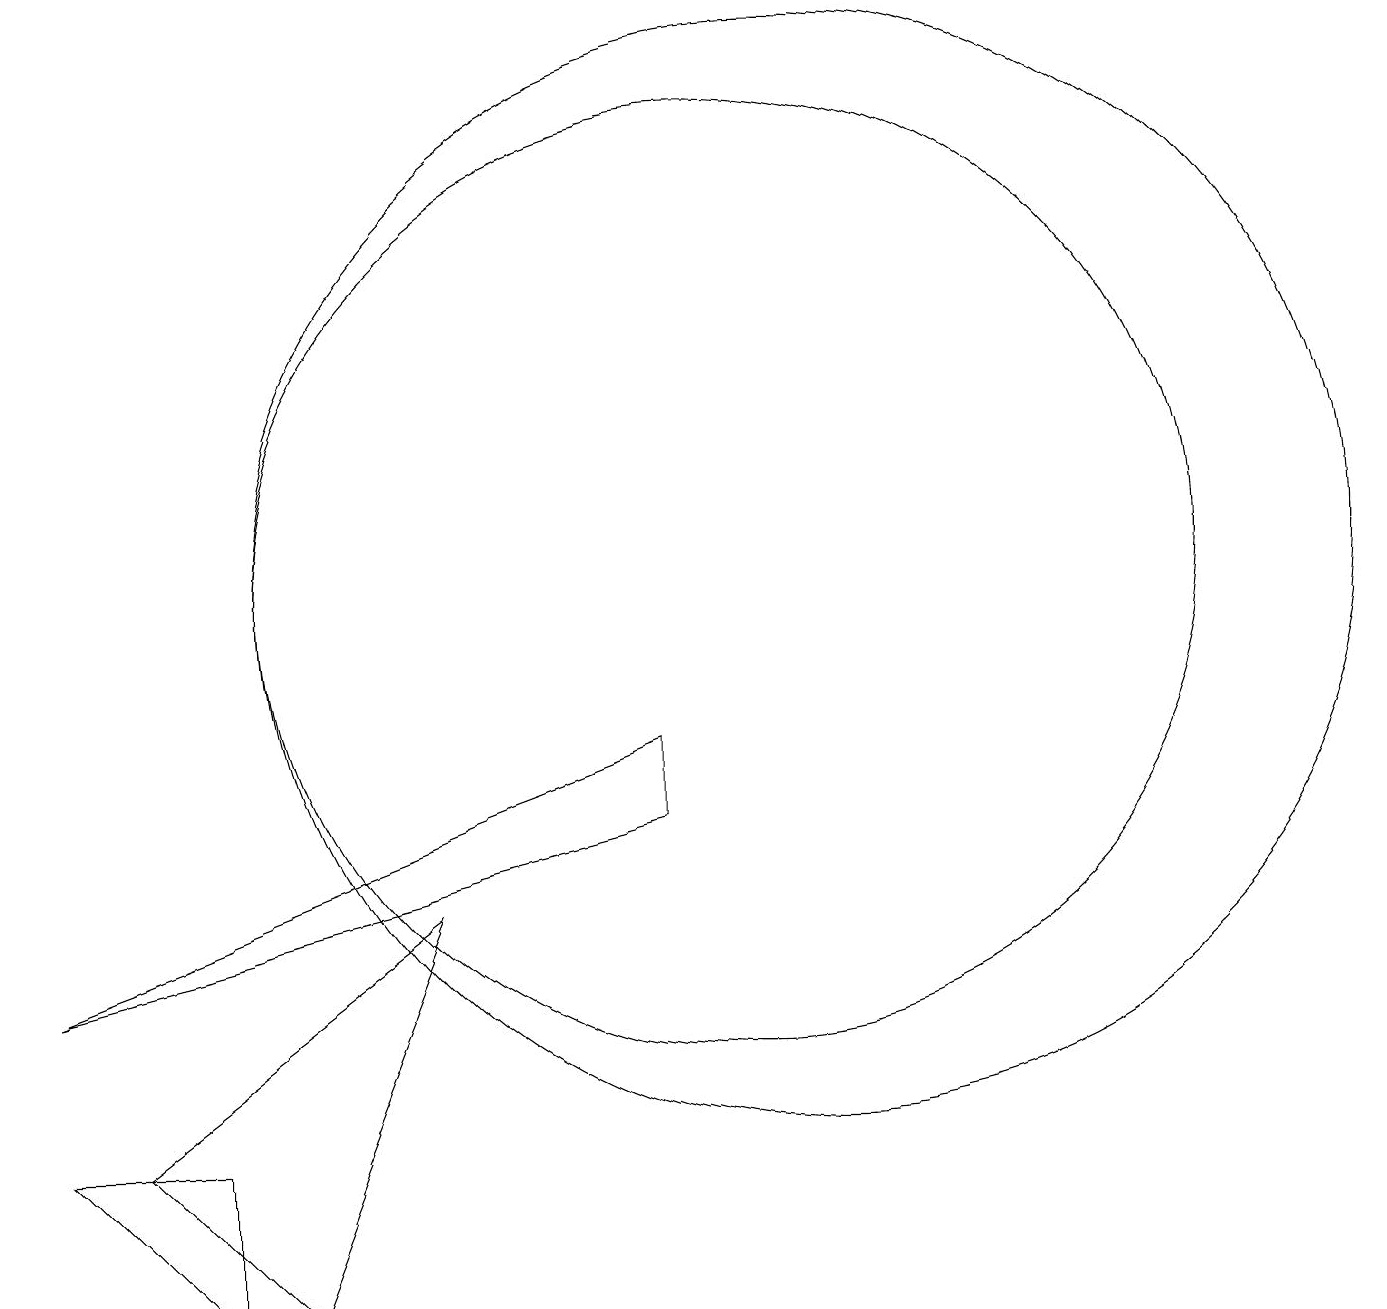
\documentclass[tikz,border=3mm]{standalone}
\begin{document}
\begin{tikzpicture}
\draw (6,7) -- (2,4) -- (4,2) -- cycle;
\draw (10,11) circle (6);
\draw (9,8) -- (9,9) -- (1,6) -- cycle;
\draw (1,4) -- (3,4) -- (3,2) -- cycle;
\draw (11,11) circle (7);
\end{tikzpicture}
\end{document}